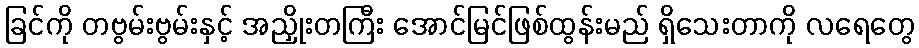
ခြင်ကို တဗွမ်းဗွမ်းနှင့် အညှိုးတကြီး အောင်မြင်ဖြစ်ထွန်းမည် ရှိသေးတာကို လရေတွေ